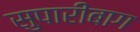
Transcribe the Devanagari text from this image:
सुपारीबाग